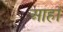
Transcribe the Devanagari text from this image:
आहाँ